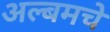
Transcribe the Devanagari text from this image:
अल्बमचे